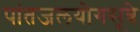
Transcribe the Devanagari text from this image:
पांतजलयोगसूत्रे